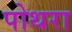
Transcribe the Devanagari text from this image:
पोथरा